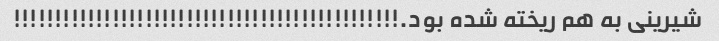
شیرینی به هم ریخته شده بود.!!!!!!!!!!!!!!!!!!!!!!!!!!!!!!!!!!!!!!!!!!!!!!!